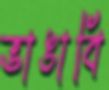
ভাঙাবি